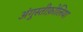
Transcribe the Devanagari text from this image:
अंगुस्तीफ़ोलिया